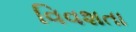
વિવશતા